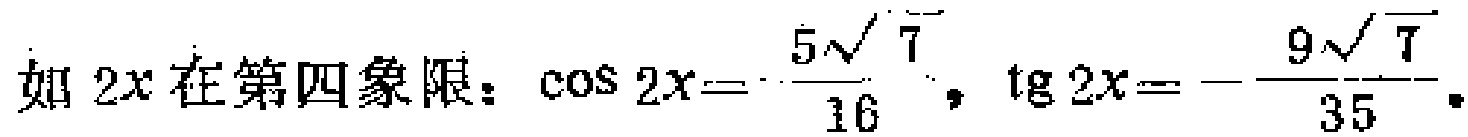
如 \(2x\) 在第四象限：\(\cos 2x = \frac{5\sqrt{7}}{16}\)，\(\mathrm{tg}\ 2x = -\frac{9\sqrt{7}}{35}\)。